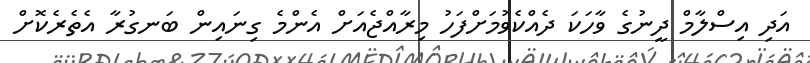
އަދި އިސްލާމް ދީނުގެ ވާހަކަ ދެއްކެވުމަށްފަހު މިރާއްޖެއަށް އެންމެ ގިނައިން ބަނގުރާ އެތެރެކޮށް